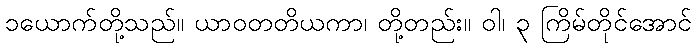
၁ယောက်တို့သည်။ ယာဝတတိယကာ၊ တို့တည်း။ ဝါ၊ ၃ ကြိမ်တိုင်အောင်